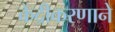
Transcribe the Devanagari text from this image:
केंद्रीकरणाने